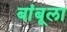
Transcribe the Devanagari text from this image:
बांबूला